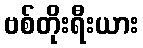
ဗစ်တိုးရီးယား